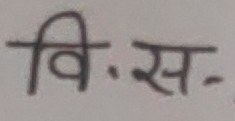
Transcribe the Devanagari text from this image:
वि. स-